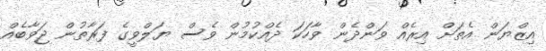
އިޒްޔަން އެތަށް އިރެއް ވަންދެން ވާހަކަ ދެއްކުމުން ވެސް ޔަލްވީގެ ފަރާތުން ޖަވާބެއް